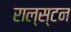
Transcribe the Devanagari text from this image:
राल्स्टन